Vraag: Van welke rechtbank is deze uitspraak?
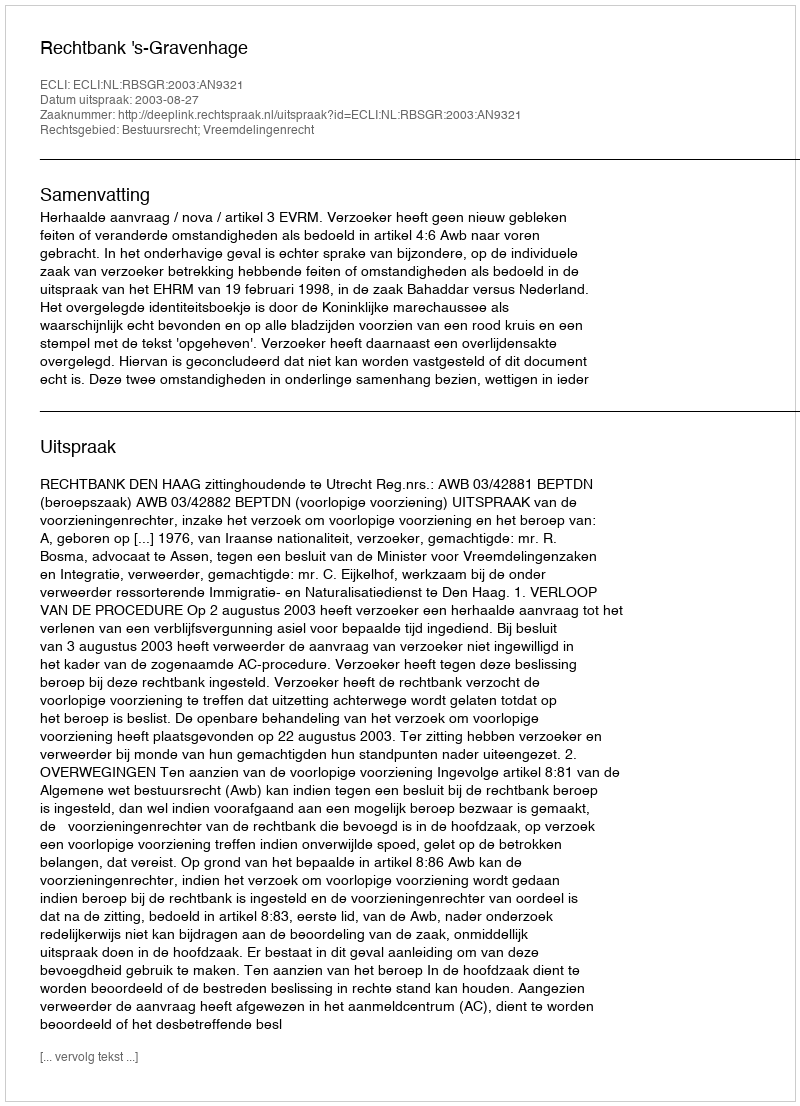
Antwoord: Rechtbank 's-Gravenhage